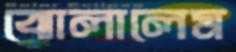
ঝোলালেম